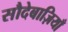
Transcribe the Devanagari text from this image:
सौदेबाज़ियाँ